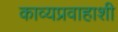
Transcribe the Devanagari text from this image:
काव्यप्रवाहाशी